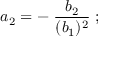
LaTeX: a _ { 2 } = - \; { \frac { b _ { 2 } } { ( b _ { 1 } ) ^ { 2 } } } \; ;